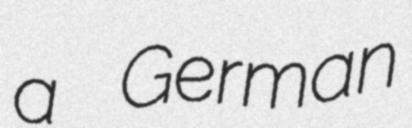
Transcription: a German